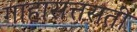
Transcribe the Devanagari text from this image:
गाहासत्तसती